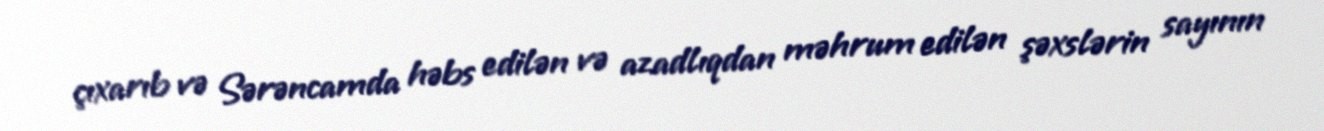
çıxarıb və Sərəncamda həbs edilən və azadlıqdan məhrum edilən şəxslərin sayının